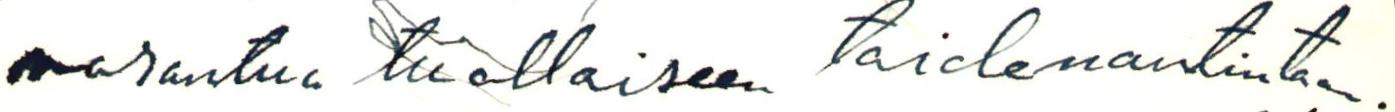
 varautua tuollaiseen taidenautintoon.